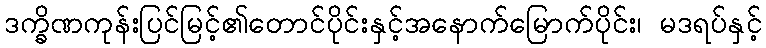
ဒက္ခိဏကုန်းပြင်မြင့်၏တောင်ပိုင်းနှင့်အနောက်မြောက်ပိုင်း၊ မဒရပ်နှင့်